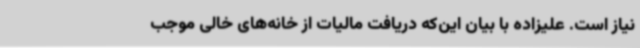
نیاز است. علیزاده با بیان این‌که دریافت مالیات از خانه‌های خالی موجب